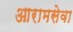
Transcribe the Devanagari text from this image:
आरामसेवा